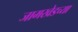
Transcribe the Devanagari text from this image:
जामखेडच्या